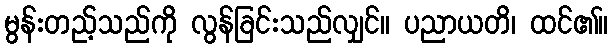
မွန်းတည့်သည်ကို လွန်ခြင်းသည်လျှင်။ ပညာယတိ၊ ထင်၏။